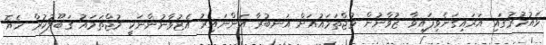
ޅައުމުރުގައި އަރައިގަނެވިފައިވާ ޒުވާނުން މުޖްތަމައުއަށް އަނބުރާ އަންނައިރު އެޒުވާނުންނަކީ މުޖްތަމައު ޤަބޫލުކުރާ ހެޔޮ